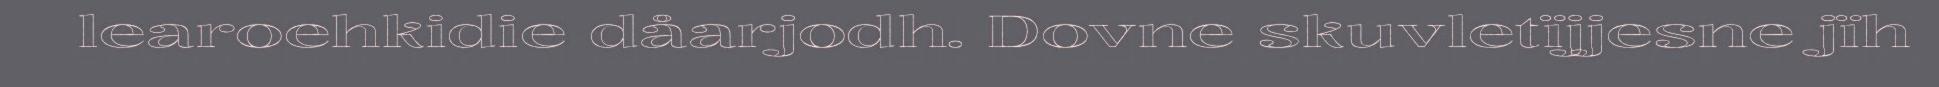
learoehkidie dåarjodh. Dovne skuvletïjjesne jïh